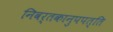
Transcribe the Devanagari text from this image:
निवर्तकानुपपत्ति